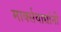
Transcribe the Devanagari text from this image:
मार्क्‍सवाद्यांनी